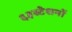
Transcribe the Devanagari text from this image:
६३स्टेशनों